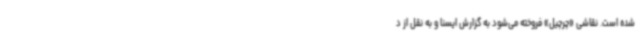
شده است. نقاشی «چرچیل» فروخته می‌شود به گزارش ایسنا و به نقل از د